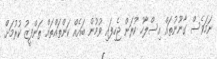
ނަމަވެސް ގާނޫނުތައް އިސްލާހު ކުރަން ޖެހިފައި ވުމުން ބައެއް ކަންތައްތައް ތަންފީޒު ކުރުމަށް